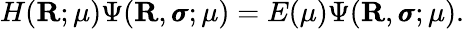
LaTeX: H(\mathbf{R};\mu)\Psi(\mathbf{R},\pmb{\sigma};\mu)=E(\mu)\Psi(\mathbf{R},\pmb{\sigma};\mu).